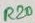
Text: R20